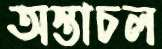
অস্তাচল